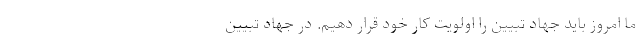
ما امروز باید جهاد تبیین را اولویت کار خود قرار دهیم. در جهاد تبیین